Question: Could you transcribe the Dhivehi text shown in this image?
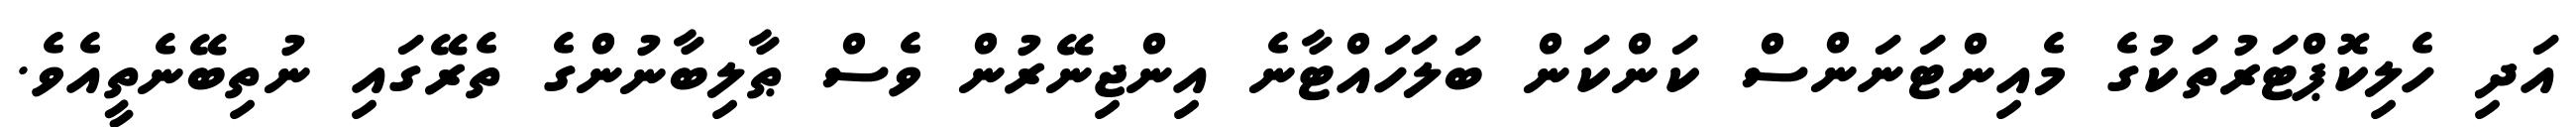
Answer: އަދި ހެލިކޮޕްޓަރުތަކުގެ މެއިންޓަނަންސް ކަންކަން ބަލަހައްޓާނެ އިންޖިނޭރުން ވެސް ޠާލިބާނުންގެ ތެރޭގައި ނުތިބޭނެތީއެވެ.